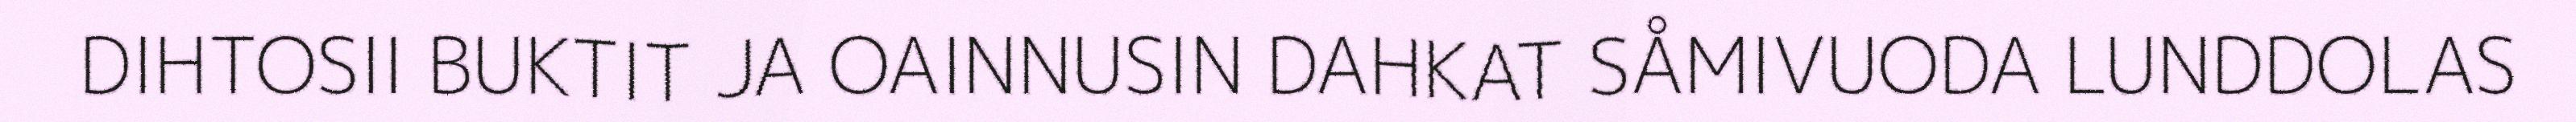
DIHTOSII BUKTIT JA OAINNUSIN DAHKAT SÅMIVUODA LUNDDOLAS